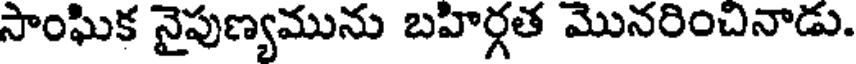
సాంఘిక నైపుణ్యమును బహిర్గత మొనరించినాడు.